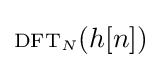
\scriptstyle {\text{DFT}}_{N}\displaystyle (h[n])